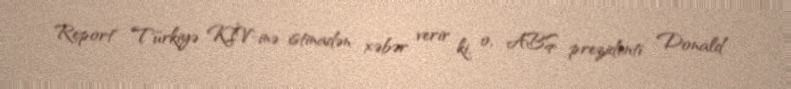
Report" Türkiyə KİV-inə istinadən xəbər verir ki, o, ABŞ prezidenti Donald